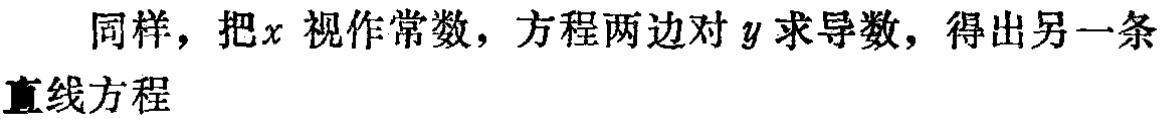
同样，把\(x\)视作常数，方程两边对\(y\)求导数，得出另一条\\直线方程